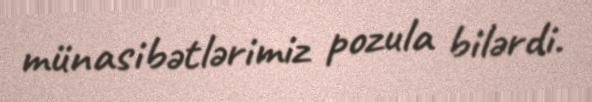
münasibətlərimiz pozula bilərdi.